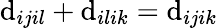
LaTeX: \mathrm{d}_{ijil}+\mathrm{d}_{ilik}=\mathrm{d}_{ijik}